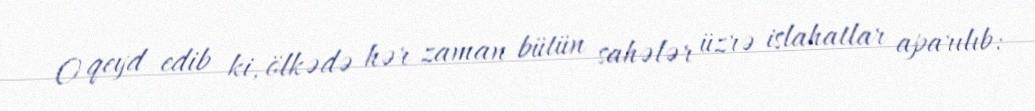
O qeyd edib ki, ölkədə hər zaman bütün sahələr üzrə islahatlar aparılıb: